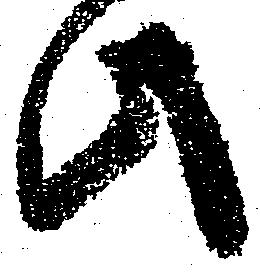
此